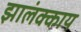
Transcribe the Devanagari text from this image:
झालंक्काय